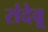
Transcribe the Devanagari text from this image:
रांदेवू